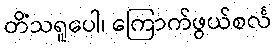
တိံသရူပေါ၊ ကြောက်ဖွယ်စင်္လ